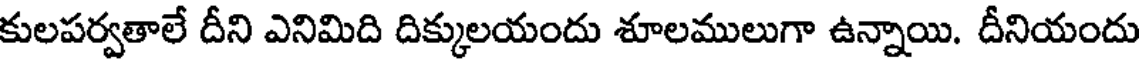
కులపర్వతాలే దీని ఎనిమిది దిక్కులయందు శూలములుగా ఉన్నాయి. దీనియందు